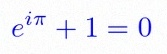
e^{i\pi}+1=0